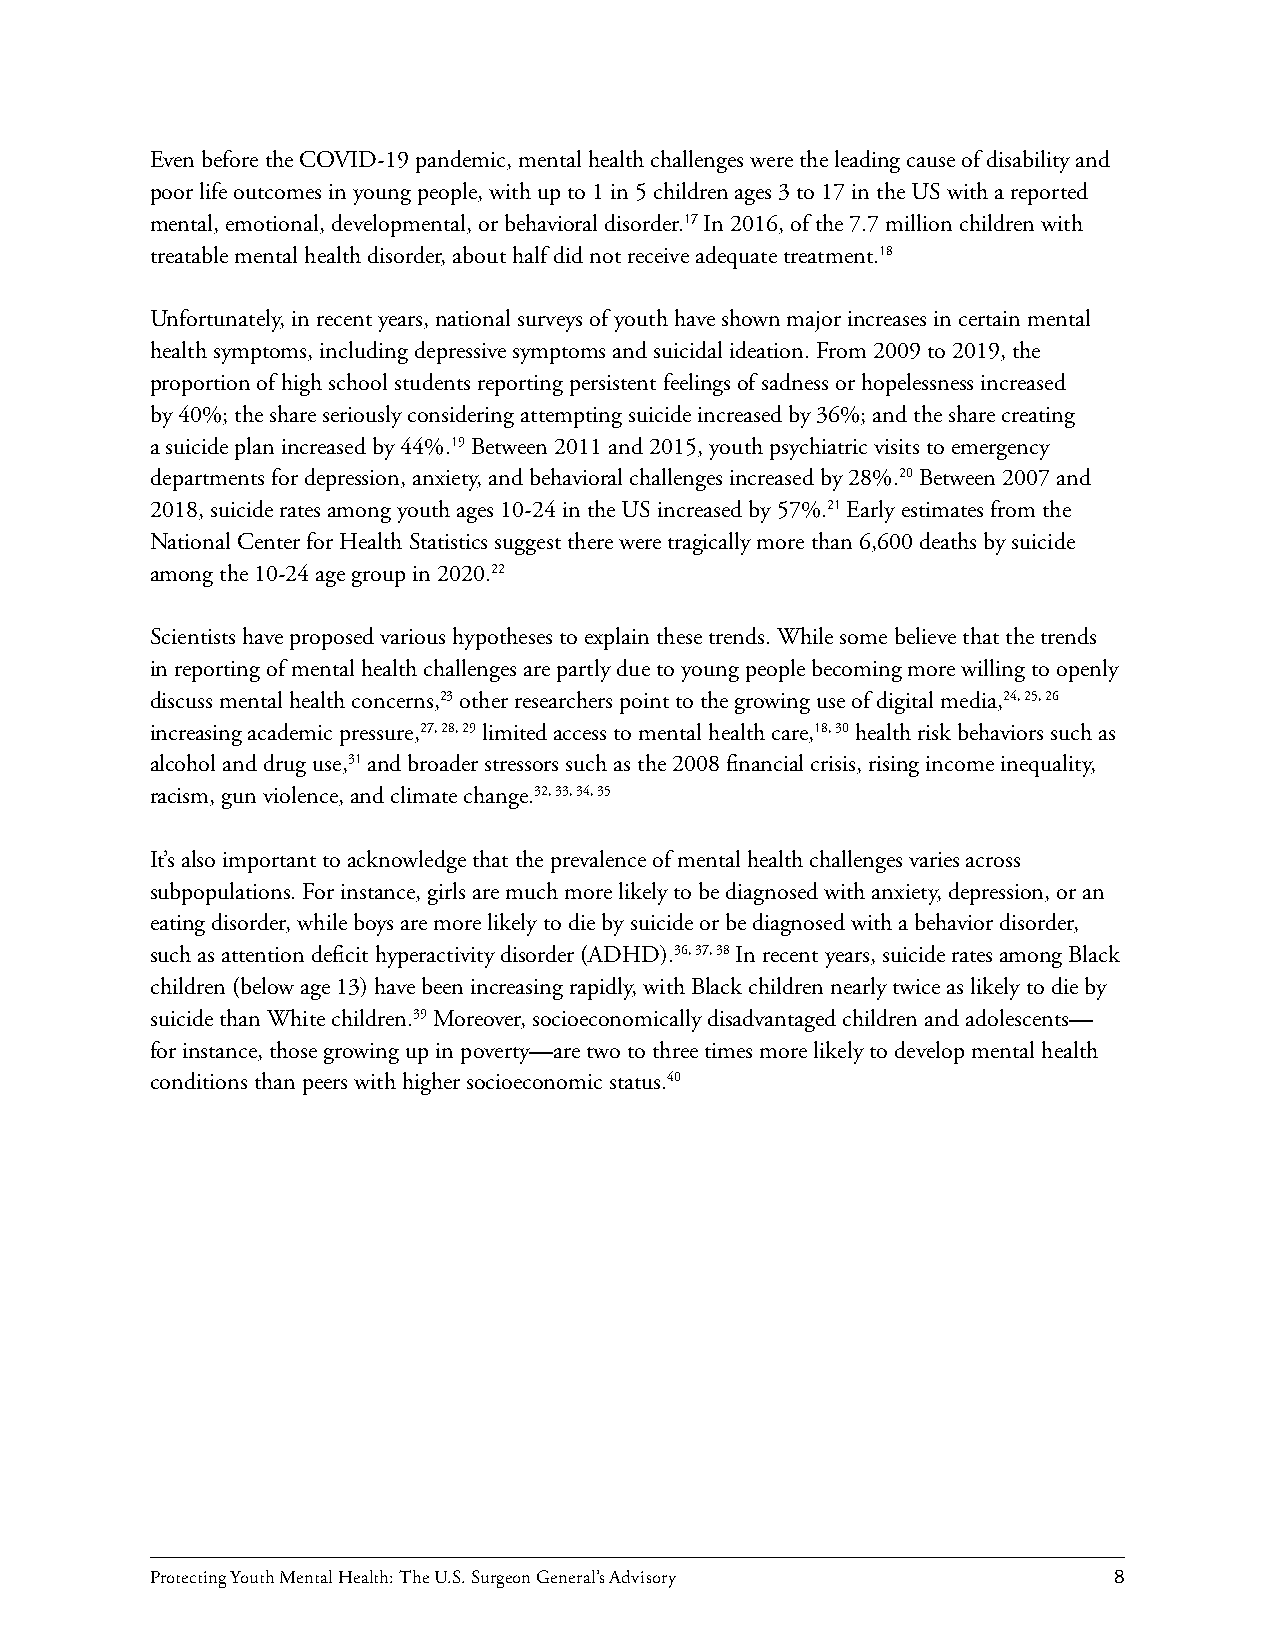
Even before the COVID-19 pandemic, mental health challenges were the leading cause of disability and
 poor life outcomes in young people, with up to 1 in 5 children ages 3 to 17 in the US with a reported
 mental, emotional, developmental, or behavioral disorder.17 In 2016, of the 7.7 million children with
 treatable mental health disorder, about half did not receive adequate treatment.18
 Unfortunately, in recent years, national surveys of youth have shown major increases in certain mental
 health symptoms, including depressive symptoms and suicidal ideation. From 2009 to 2019, the
 proportion of high school students reporting persistent feelings of sadness or hopelessness increased
 by 40%; the share seriously considering attempting suicide increased by 36%; and the share creating
 a suicide plan increased by 44%.19 Between 2011 and 2015, youth psychiatric visits to emergency
 departments for depression, anxiety, and behavioral challenges increased by 28%.20 Between 2007 and
 2018, suicide rates among youth ages 10-24 in the US increased by 57%.21 Early estimates from the
 National Center for Health Statistics suggest there were tragically more than 6,600 deaths by suicide
 among the 10-24 age group in 2020.22
 Scientists have proposed various hypotheses to explain these trends. While some believe that the trends
 in reporting of mental health challenges are partly due to young people becoming more willing to openly
 discuss mental health concerns,23 other researchers point to the growing use of digital media,24, 25, 26
 increasing academic pressure,27, 28, 29 limited access to mental health care,18, 30 health risk behaviors such as
 alcohol and drug use,31 and broader stressors such as the 2008 financial crisis, rising income inequality,
 racism, gun violence, and climate change.32, 33, 34, 35
 It’s also important to acknowledge that the prevalence of mental health challenges varies across
 subpopulations. For instance, girls are much more likely to be diagnosed with anxiety, depression, or an
 eating disorder, while boys are more likely to die by suicide or be diagnosed with a behavior disorder,
 such as attention deficit hyperactivity disorder (ADHD).36, 37, 38 In recent years, suicide rates among Black
 children (below age 13) have been increasing rapidly, with Black children nearly twice as likely to die by
 suicide than White children.39 Moreover, socioeconomically disadvantaged children and adolescents—
 for instance, those growing up in poverty—are two to three times more likely to develop mental health
 conditions than peers with higher socioeconomic status.40
 Protecting Youth Mental Health: The U.S. Surgeon General’s Advisory 8